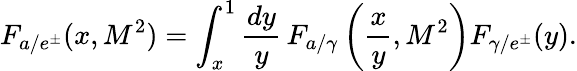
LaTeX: F_{a/e^{\pm}}(x,M^{2})=\int_{x}^{1}\frac{dy}{y}\, F_{a/\gamma}\left(\frac{x}{y},M^{2}\right)F_{\gamma/e^{\pm}}(y).